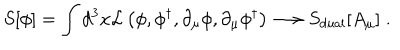
S [ \phi ] = \int d ^ { 3 } x { \cal L } \left( \phi , \phi ^ { \dagger } , \partial _ { \mu } \phi , \partial _ { \mu } \phi ^ { \dagger } \right) \longrightarrow S _ { \mathrm { d u a l } } [ A _ { \mu } ] \; .